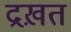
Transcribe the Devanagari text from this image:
द्रख़त